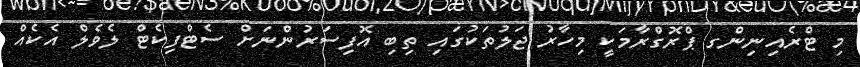
މި ޓްރެއިނިންގ ޕްރޮގްރާމަކީ މިހާރު ޖަލުތަކުގައި ތިބި އޮފިސަރުންނަށް ސެޓްފިކެޓް ލެވެލް އެކެއް